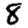
Digit: 8